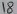
Text: 8